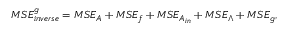
M S E _ { i n v e r s e } ^ { g } = M S E _ { A } + M S E _ { f } + M S E _ { A _ { i n } } + M S E _ { \boldsymbol { \Lambda } } + M S E _ { g } ,